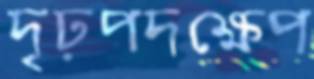
দৃঢ়পদক্ষেপ